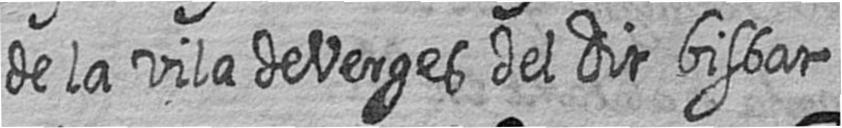
de la vila de Verges del dit bisbat